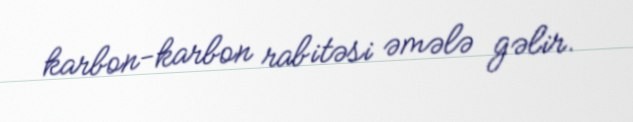
karbon-karbon rabitəsi əmələ gəlir.